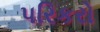
પરિકરો